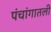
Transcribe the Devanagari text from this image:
पंचांगातली